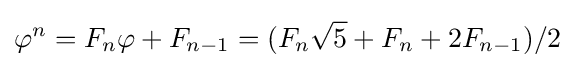
\varphi ^{n}=F_{n}\varphi +F_{n-1}=(F_{n}{\sqrt {5}}+F_{n}+2F_{n-1})/2